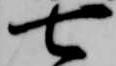
七